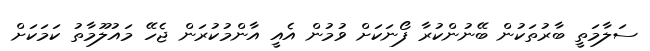
ސަލާމަތީ ބާރުތަކުން ބޭނުންކުރާ ފޯނަކަށް ވުމުން އެއީ އާންމުކުރަން ޖެހޭ މައުލޫމާތު ކަމަކަށް